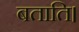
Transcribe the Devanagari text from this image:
बताति।